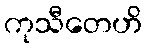
ကုသီတေဟိ